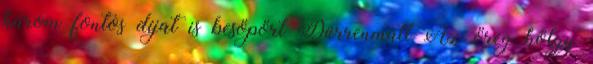
három fontos díjat is besöpört Dürrenmatt Az öreg hölgy